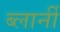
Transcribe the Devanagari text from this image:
ब्लार्नी